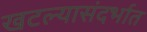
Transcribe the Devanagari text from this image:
खटल्यासंदर्भात